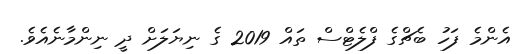
އެންމެ ފަހު ބެޗްގެ ފްލެޓްސް ތައް 2019 ގެ ނިޔަލަށް ދީ ނިންމާނެއެވެ.